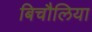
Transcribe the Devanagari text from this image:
बिचौलिया